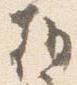
朝